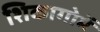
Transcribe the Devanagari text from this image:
शिकागोमें